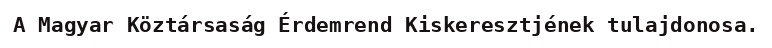
A Magyar Köztársaság Érdemrend Kiskeresztjének tulajdonosa.